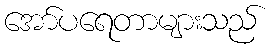
အော်ပရေတာများသည်